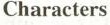
Characters